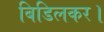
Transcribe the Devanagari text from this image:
बिडिलकर।